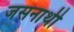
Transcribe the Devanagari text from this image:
जसनाथी